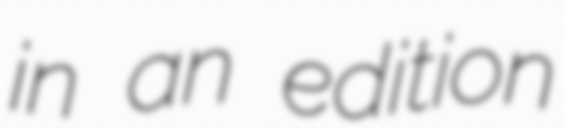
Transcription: in an edition